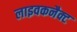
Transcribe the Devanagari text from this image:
लाइवकनैक्ट